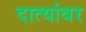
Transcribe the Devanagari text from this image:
दात्यांवर